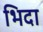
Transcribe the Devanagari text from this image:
भिदा